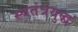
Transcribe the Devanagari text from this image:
स्वतंत्रयुद्ध